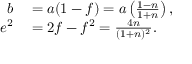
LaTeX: \begin{array} { r l } { b } & { { } = a ( 1 - f ) = a \left( { \frac { 1 - n } { 1 + n } } \right) , } \\ { e ^ { 2 } } & { { } = 2 f - f ^ { 2 } = { \frac { 4 n } { ( 1 + n ) ^ { 2 } } } . } \end{array}